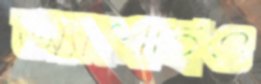
অ্যারোইও